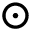
\odot